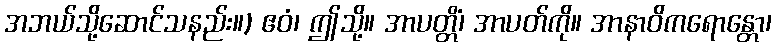
အဘယ်သို့ဆောင်သနည်း။) ဧဝံ၊ ဤသို့။ အာပတ္တိံ၊ အာပတ်ကို။ အာနာဝိကရောန္တော၊